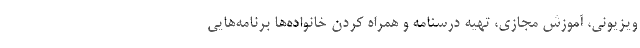
ویزیونی، آموزش مجازی، تهیه درسنامه و همراه کردن خانواده‌ها برنامه‌هایی